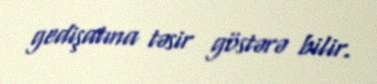
gedişatına təsir göstərə bilir.